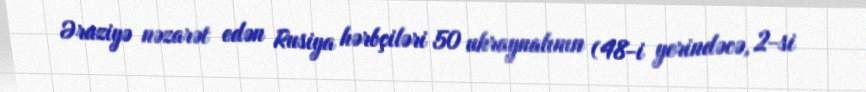
Əraziyə nəzarət edən Rusiya hərbçiləri 50 ukraynalının (48-i yerindəcə, 2-si